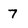
Character: 7